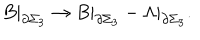
LaTeX: B | _ { \partial \Sigma _ { 3 } } \rightarrow B | _ { \partial \Sigma _ { 3 } } - \Lambda | _ { \partial \Sigma _ { 3 } } .